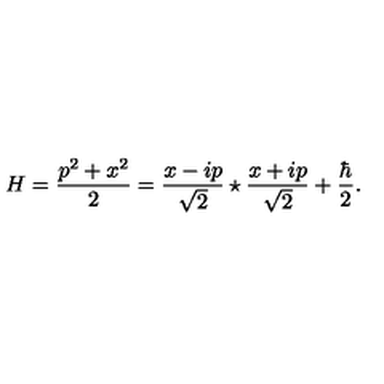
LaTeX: H = { \frac { p ^ { 2 } + x ^ { 2 } } { 2 } } = \frac { x - i p } { \sqrt { 2 } } \star \frac { x + i p } { \sqrt { 2 } } + { \frac { \hbar } { 2 } } .